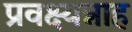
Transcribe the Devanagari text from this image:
प्रवक्ष्यन्नाह